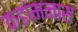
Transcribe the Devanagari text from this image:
कड़ांमनास